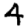
Digit: 4